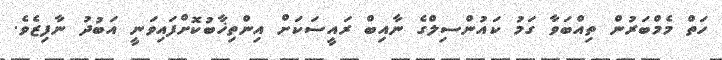
ހަތް މެމްބަރުން ތިއްބަވާ ގަމު ކައުންސިލްގެ ނާއިބް ރައީސަކަށް އިންތިޚާބުކޮށްފައިވަނީ އަބުދު ނާފިޒެވެ.